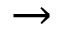
\to